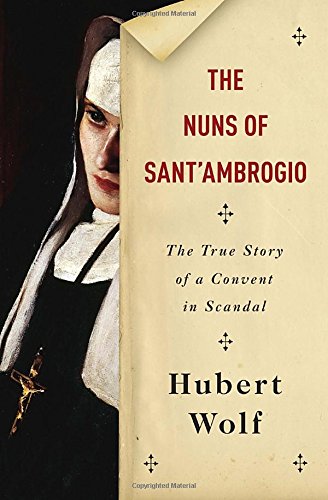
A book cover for The Nuns of Sant'Ambrogio: The True Story of a Convent in Scandal; Hubert Wolf; Religion & Spirituality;